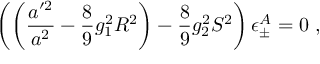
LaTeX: \left( \left( \frac { a ^ { \prime 2 } } { a ^ { 2 } } - \frac { 8 } { 9 } g _ { 1 } ^ { 2 } R ^ { 2 } \right) - \frac { 8 } { 9 } g _ { 2 } ^ { 2 } S ^ { 2 } \right) \epsilon _ { \pm } ^ { A } = 0 \ ,